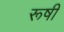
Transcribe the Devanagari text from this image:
रूषी